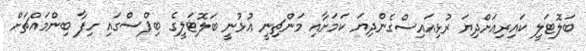
ބަލޮޓަލީ ކައިރިއަށްދިޔަ ރުޅިއައިސްގެންދިޔަ ކަމަށާއި މަންޗިނީ އުޅުނީ ބަލޮޓަލީގެ ބިޕްސްގައި ހިފާ ބިންމައްޗަށް